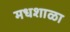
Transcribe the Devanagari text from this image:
मधशाळा